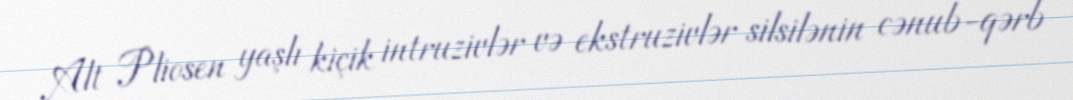
Alt Pliosen yaşlı kiçik intruzivlər və ekstruzivlər silsilənin cənub-qərb